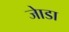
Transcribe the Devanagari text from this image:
जाेडा